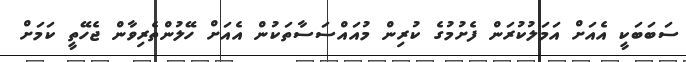
ސަބަބަކީ އެއަށް އަމަލުކުރަން ފެށުމުގެ ކުރިން މުއައްސަސާތަކުން އެއަށް ހޭލުންތެރިވާން ޖެހޭތީ ކަމަށް